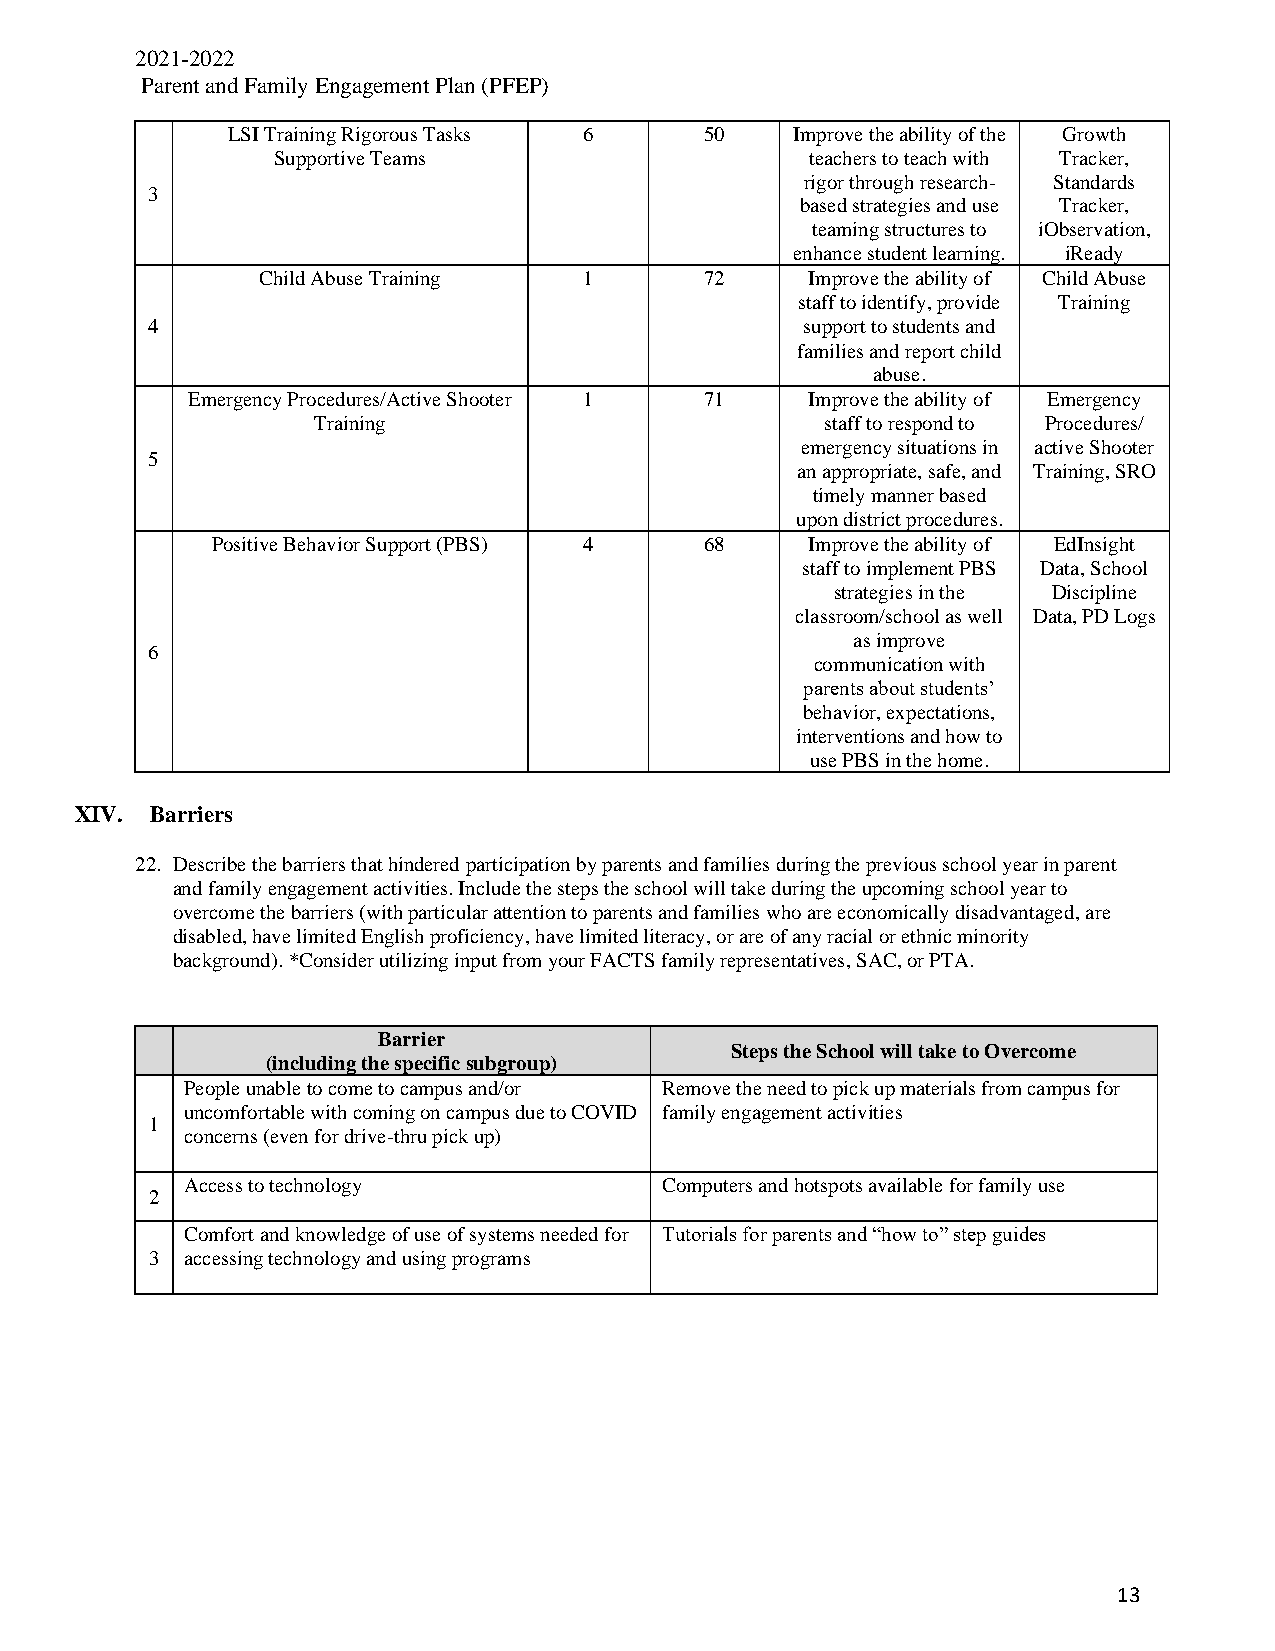
2021-2022
 Parent and Family Engagement Plan (PFEP)
 LSI Training Rigorous Tasks 6   50   Improve the ability of the Growth
 Supportive Teams                    teachers to teach with Tracker,
 rigor through research- Standards
 3
 based strategies and use Tracker,
 teaming structures to iObservation,
 enhance student learning. iReady
 Child Abuse Training  1       72     Improve the ability of Child Abuse
 staff to identify, provide Training
 4                                          support to students and
 families and report child
 abuse.
 Emergency Procedures/Active Shooter 1 71  Improve the ability of Emergency
 Training                          staff to respond to Procedures/
 emergency situations in active Shooter
 5
 an appropriate, safe, and Training, SRO
 timely manner based
 upon district procedures.
 Positive Behavior Support (PBS) 4 68    Improve the ability of EdInsight
 staff to implement PBS Data, School
 strategies in the Discipline
 classroom/school as well Data, PD Logs
 as improve
 6
 communication with
 parents about students’
 behavior, expectations,
 interventions and how to
 use PBS in the home.
 XIV. Barriers
 22. Describe the barriers that hindered participation by parents and families during the previous school year in parent
 and family engagement activities. Include the steps the school will take during the upcoming school year to
 overcome the barriers (with particular attention to parents and families who are economically disadvantaged, are
 disabled, have limited English proficiency, have limited literacy, or are of any racial or ethnic minority
 background). *Consider utilizing input from your FACTS family representatives, SAC, or PTA.
 Barrier
 Steps the School will take to Overcome
 (including the specific subgroup)
 People unable to come to campus and/or Remove the need to pick up materials from campus for
 uncomfortable with coming on campus due to COVID family engagement activities
 1
 concerns (even for drive-thru pick up)
 Access to technology            Computers and hotspots available for family use
 2
 Comfort and knowledge of use of systems needed for Tutorials for parents and “how to” step guides
 3 accessing technology and using programs
 13